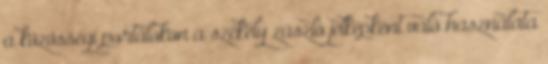
a közösségi portálokon a székely zászló jelképként való használata